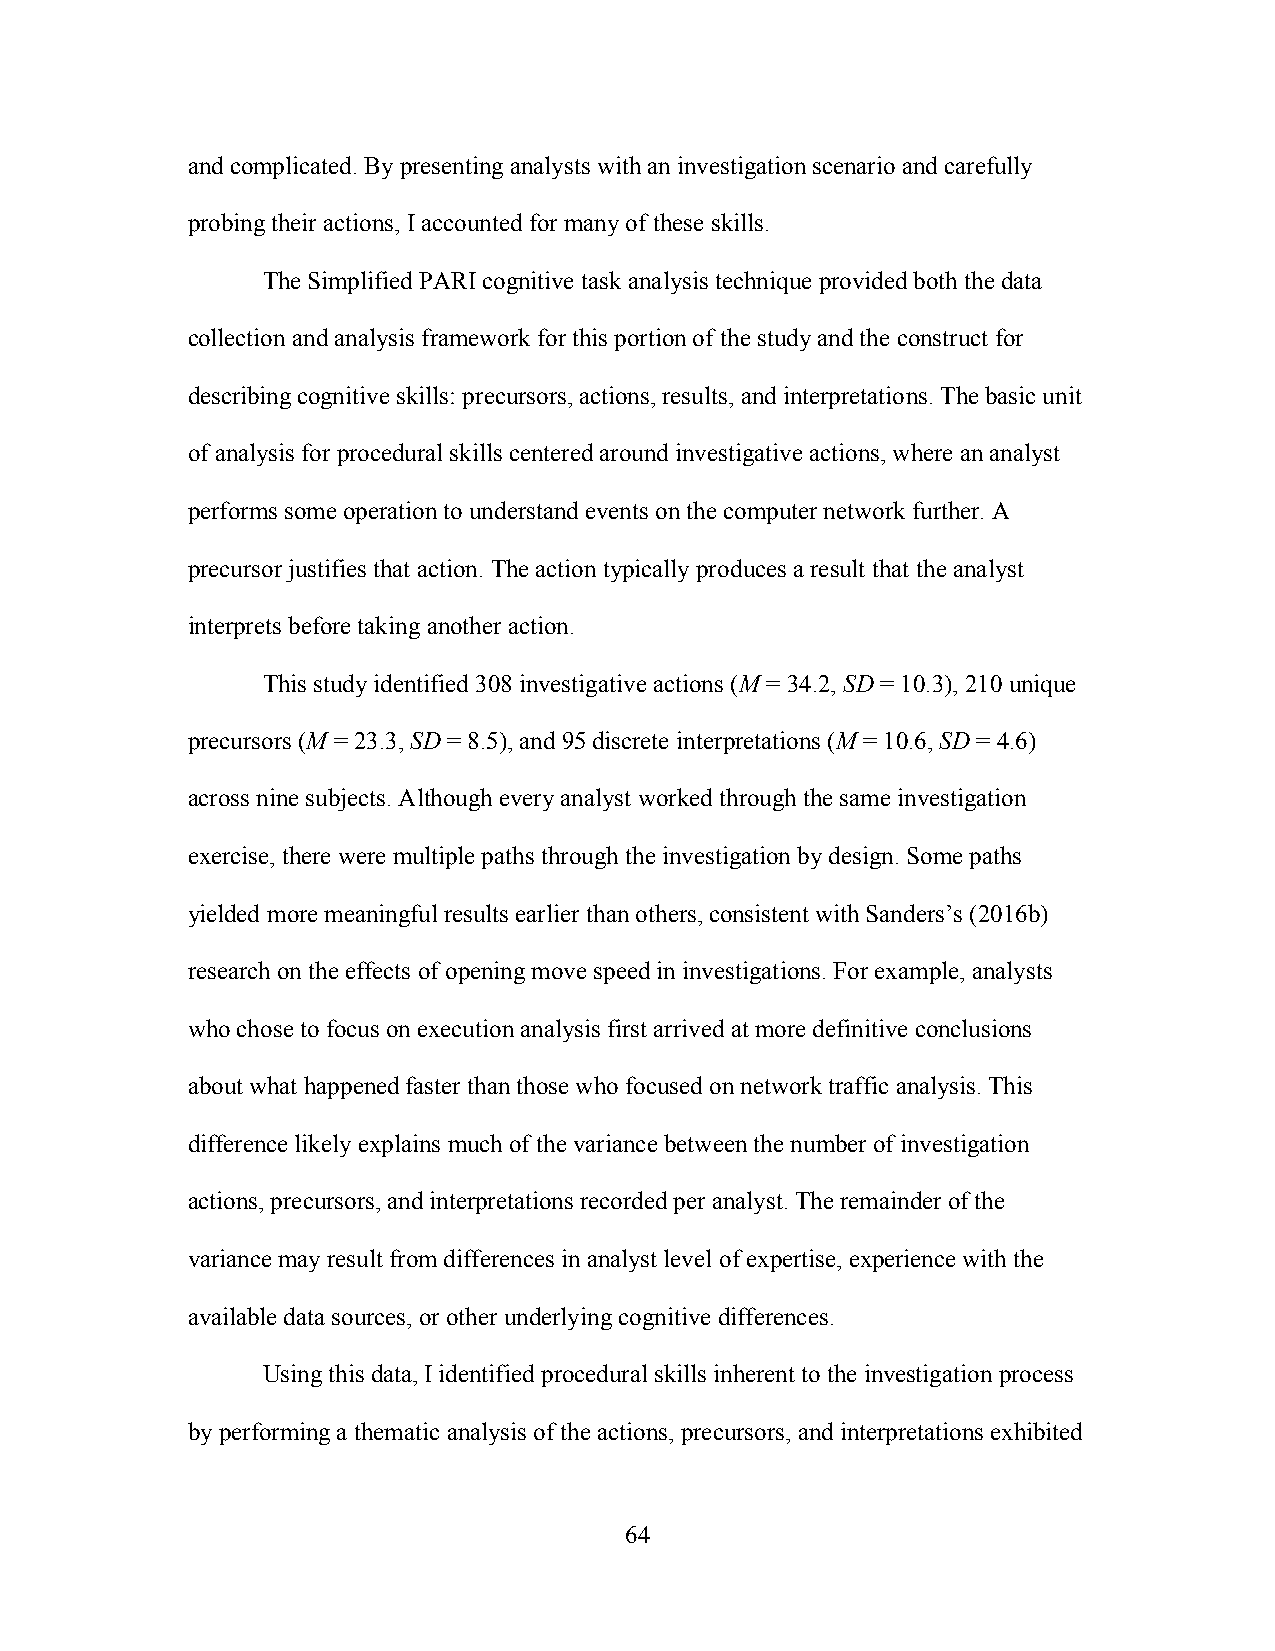
and complicated. By presenting analysts with an investigation scenario and carefully
 probing their actions, I accounted for many of these skills.
 The Simplified PARI cognitive task analysis technique provided both the data
 collection and analysis framework for this portion of the study and the construct for
 describing cognitive skills: precursors, actions, results, and interpretations. The basic unit
 of analysis for procedural skills centered around investigative actions, where an analyst
 performs some operation to understand events on the computer network further. A
 precursor justifies that action. The action typically produces a result that the analyst
 interprets before taking another action.
 This study identified 308 investigative actions (M = 34.2, SD = 10.3), 210 unique
 precursors (M = 23.3, SD = 8.5), and 95 discrete interpretations (M = 10.6, SD = 4.6)
 across nine subjects. Although every analyst worked through the same investigation
 exercise, there were multiple paths through the investigation by design. Some paths
 yielded more meaningful results earlier than others, consistent with Sanders’s (2016b)
 research on the effects of opening move speed in investigations. For example, analysts
 who chose to focus on execution analysis first arrived at more definitive conclusions
 about what happened faster than those who focused on network traffic analysis. This
 difference likely explains much of the variance between the number of investigation
 actions, precursors, and interpretations recorded per analyst. The remainder of the
 variance may result from differences in analyst level of expertise, experience with the
 available data sources, or other underlying cognitive differences.
 Using this data, I identified procedural skills inherent to the investigation process
 by performing a thematic analysis of the actions, precursors, and interpretations exhibited
 64